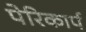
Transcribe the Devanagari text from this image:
पेरिकार्प